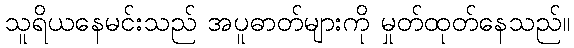
သူရိယနေမင်းသည် အပူဓာတ်များကို မှုတ်ထုတ်နေသည်။